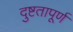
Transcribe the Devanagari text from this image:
दुष्टतापूर्ण